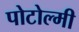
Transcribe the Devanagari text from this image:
पोटोल्मी